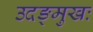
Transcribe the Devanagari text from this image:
उदङ्मुखः